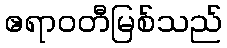
ဧရာဝတီမြစ်သည်